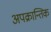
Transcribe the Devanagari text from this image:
अपक्रान्तिक